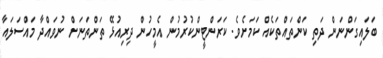
ބަލައިގަންނަން ދަތި ކަންތައްތަކެއް ކަމަށެވެ. ކަރަންޓީންކުރުމުން އެމީހުން ދިރިއުޅޭ ތަންތަނަށް ނުވައްދާ މައްސަލައާ